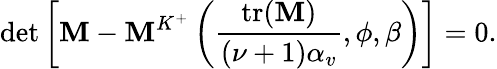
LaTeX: \operatorname*{det}\left[\mathbf{M}-\mathbf{M}^{K^{+}}\left(\frac{\mathrm{tr(}\mathbf{M})}{(\nu+1)\alpha_{v}},\phi,\beta\right)\right]=0.